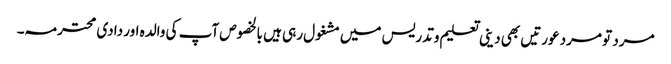
مرد تو مرد عورتیں بھی دینی تعلیم وتدریس میں مشغول رہی ہیں بالخصوص آپ کی والدہ اور دادی محترمہ۔